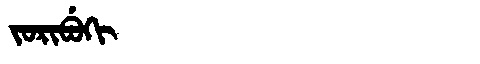
Manchu: ᠵᠣᡵᡳᠪᡠᡴᡳ
Romanization: JORIBUKI